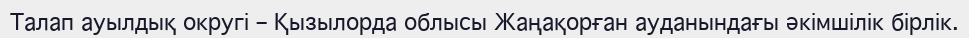
Талап ауылдық округі – Қызылорда облысы Жаңақорған ауданындағы әкімшілік бірлік.